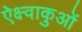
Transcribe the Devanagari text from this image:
ऐक्ष्वाकुओं